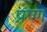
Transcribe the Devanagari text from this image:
प्रष्ण